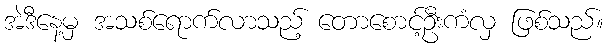
အဲဒီနေ့မှ အသစ်ရောက်လာသည့် တောစောင့်ဦးကံလှ ဖြစ်သည်။